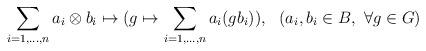
LaTeX: \begin{align*}\sum_{i =1, ..., n} a_i\otimes b_i \mapsto (g \mapsto \sum_{i =1, ..., n}a_i (gb_i)), \ \ (a_i,b_i \in B, \ \forall g\in G)\end{align*}